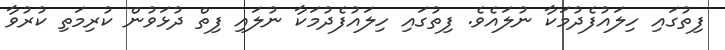
ފިތުގައި ހިލައުފެދުމަކާ ނުލައެވެ. ފިތުގައި ހިލައުފެދުމަކާ ނުލައި ފިތް ދުޅަވުން ކުރިމަތި ކުރުވާ